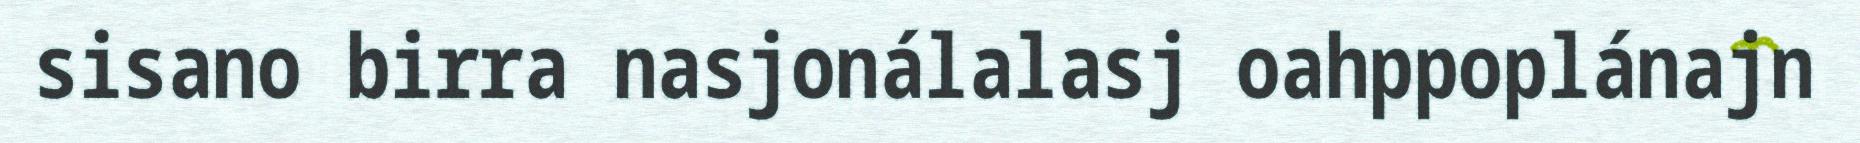
sisano birra nasjonálalasj oahppoplánajn